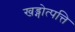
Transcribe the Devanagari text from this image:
खड्गोत्पत्ति